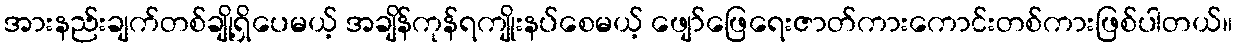
အားနည်းချက်တစ်ချို့ရှိပေမယ့် အချိန်ကုန်ရကျိုးနပ်စေမယ့် ဖျော်ဖြေရေးဇာတ်ကားကောင်းတစ်ကားဖြစ်ပါတယ်။